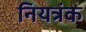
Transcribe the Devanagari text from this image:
नियत्रंक